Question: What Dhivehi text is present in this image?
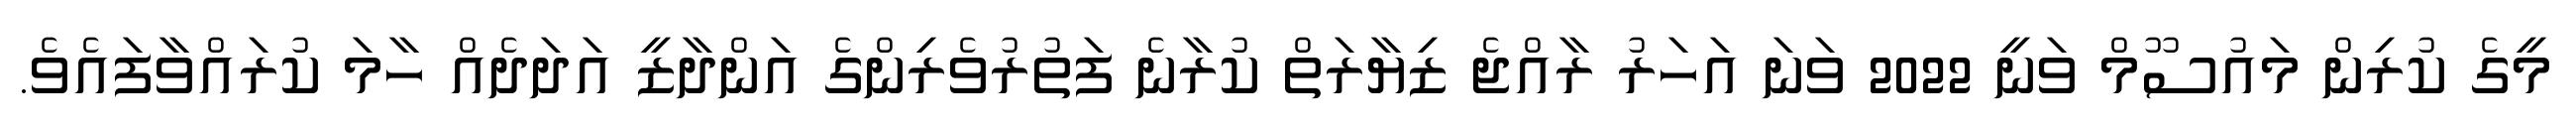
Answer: މީގެ ކުރިން މައުސޫމް ވަނީ 2022 ވަނަ އަހަރު ރާއްޖެ ޒިޔާރަތް ކުރާނެ ފަތުރުވެރިންގެ އަންދާޒީ އަދަދެއް ހާމަ ކުރައްވާފައެވެ.